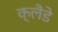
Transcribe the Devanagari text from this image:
क्लैडे